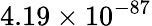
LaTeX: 4.19\times 10^{-87}